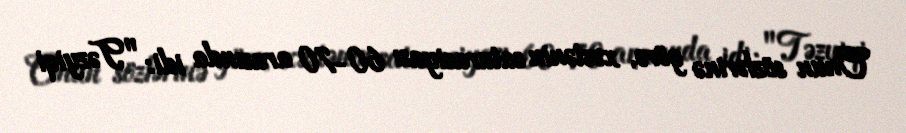
Onun sözlərinə görə, xəstənin saturasiyası 60-70 arasında idi: "Təzyiqi